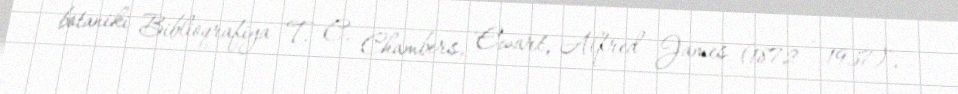
botaniki Biblioqrafiya T. C. Chambers, 'Ewart, Alfred James (1872 - 1937)',